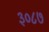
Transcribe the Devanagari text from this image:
३०८७